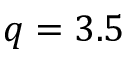
q = 3 . 5